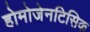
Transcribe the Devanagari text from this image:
होमोजेनटिसिक